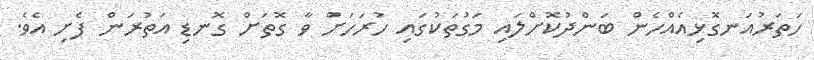
ހަތަރުއަނގޮޅިއެއްހެން ބަންދުކޮށްލައި މަގުތަކުގައި ހުރަހަށް ވާ ގޮތަށް ގޮނޑި އަތުރަން ފެށި އެވެ.